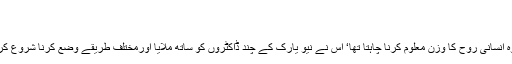
انسانی روح کا وزن - Qahani.com
Home›اسلامی کہانیاں›انسانی روح کا وزن
ڈاکٹرایل جان نے دس سال قبل تجربات شروع کئے ‘ وہ انسانی روح کا وزن معلوم کرنا چاہتا تھا‘ اس نے نیو یارک کے چند ڈاکٹروں کو ساتھ ملایا اورمختلف طریقے وضع کرنا شروع کر دئیے ‘ یہ لوگ بالآخر ایک طریقے پر متفق ہو گئے۔